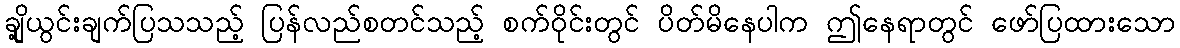
ချို့ယွင်းချက်ပြသသည့် ပြန်လည်စတင်သည့် စက်ဝိုင်းတွင် ပိတ်မိနေပါက ဤနေရာတွင် ဖော်ပြထားသော